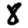
Digit: 8